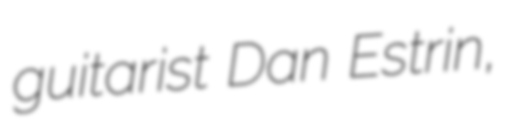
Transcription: guitarist Dan Estrin,